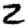
Digit: 2